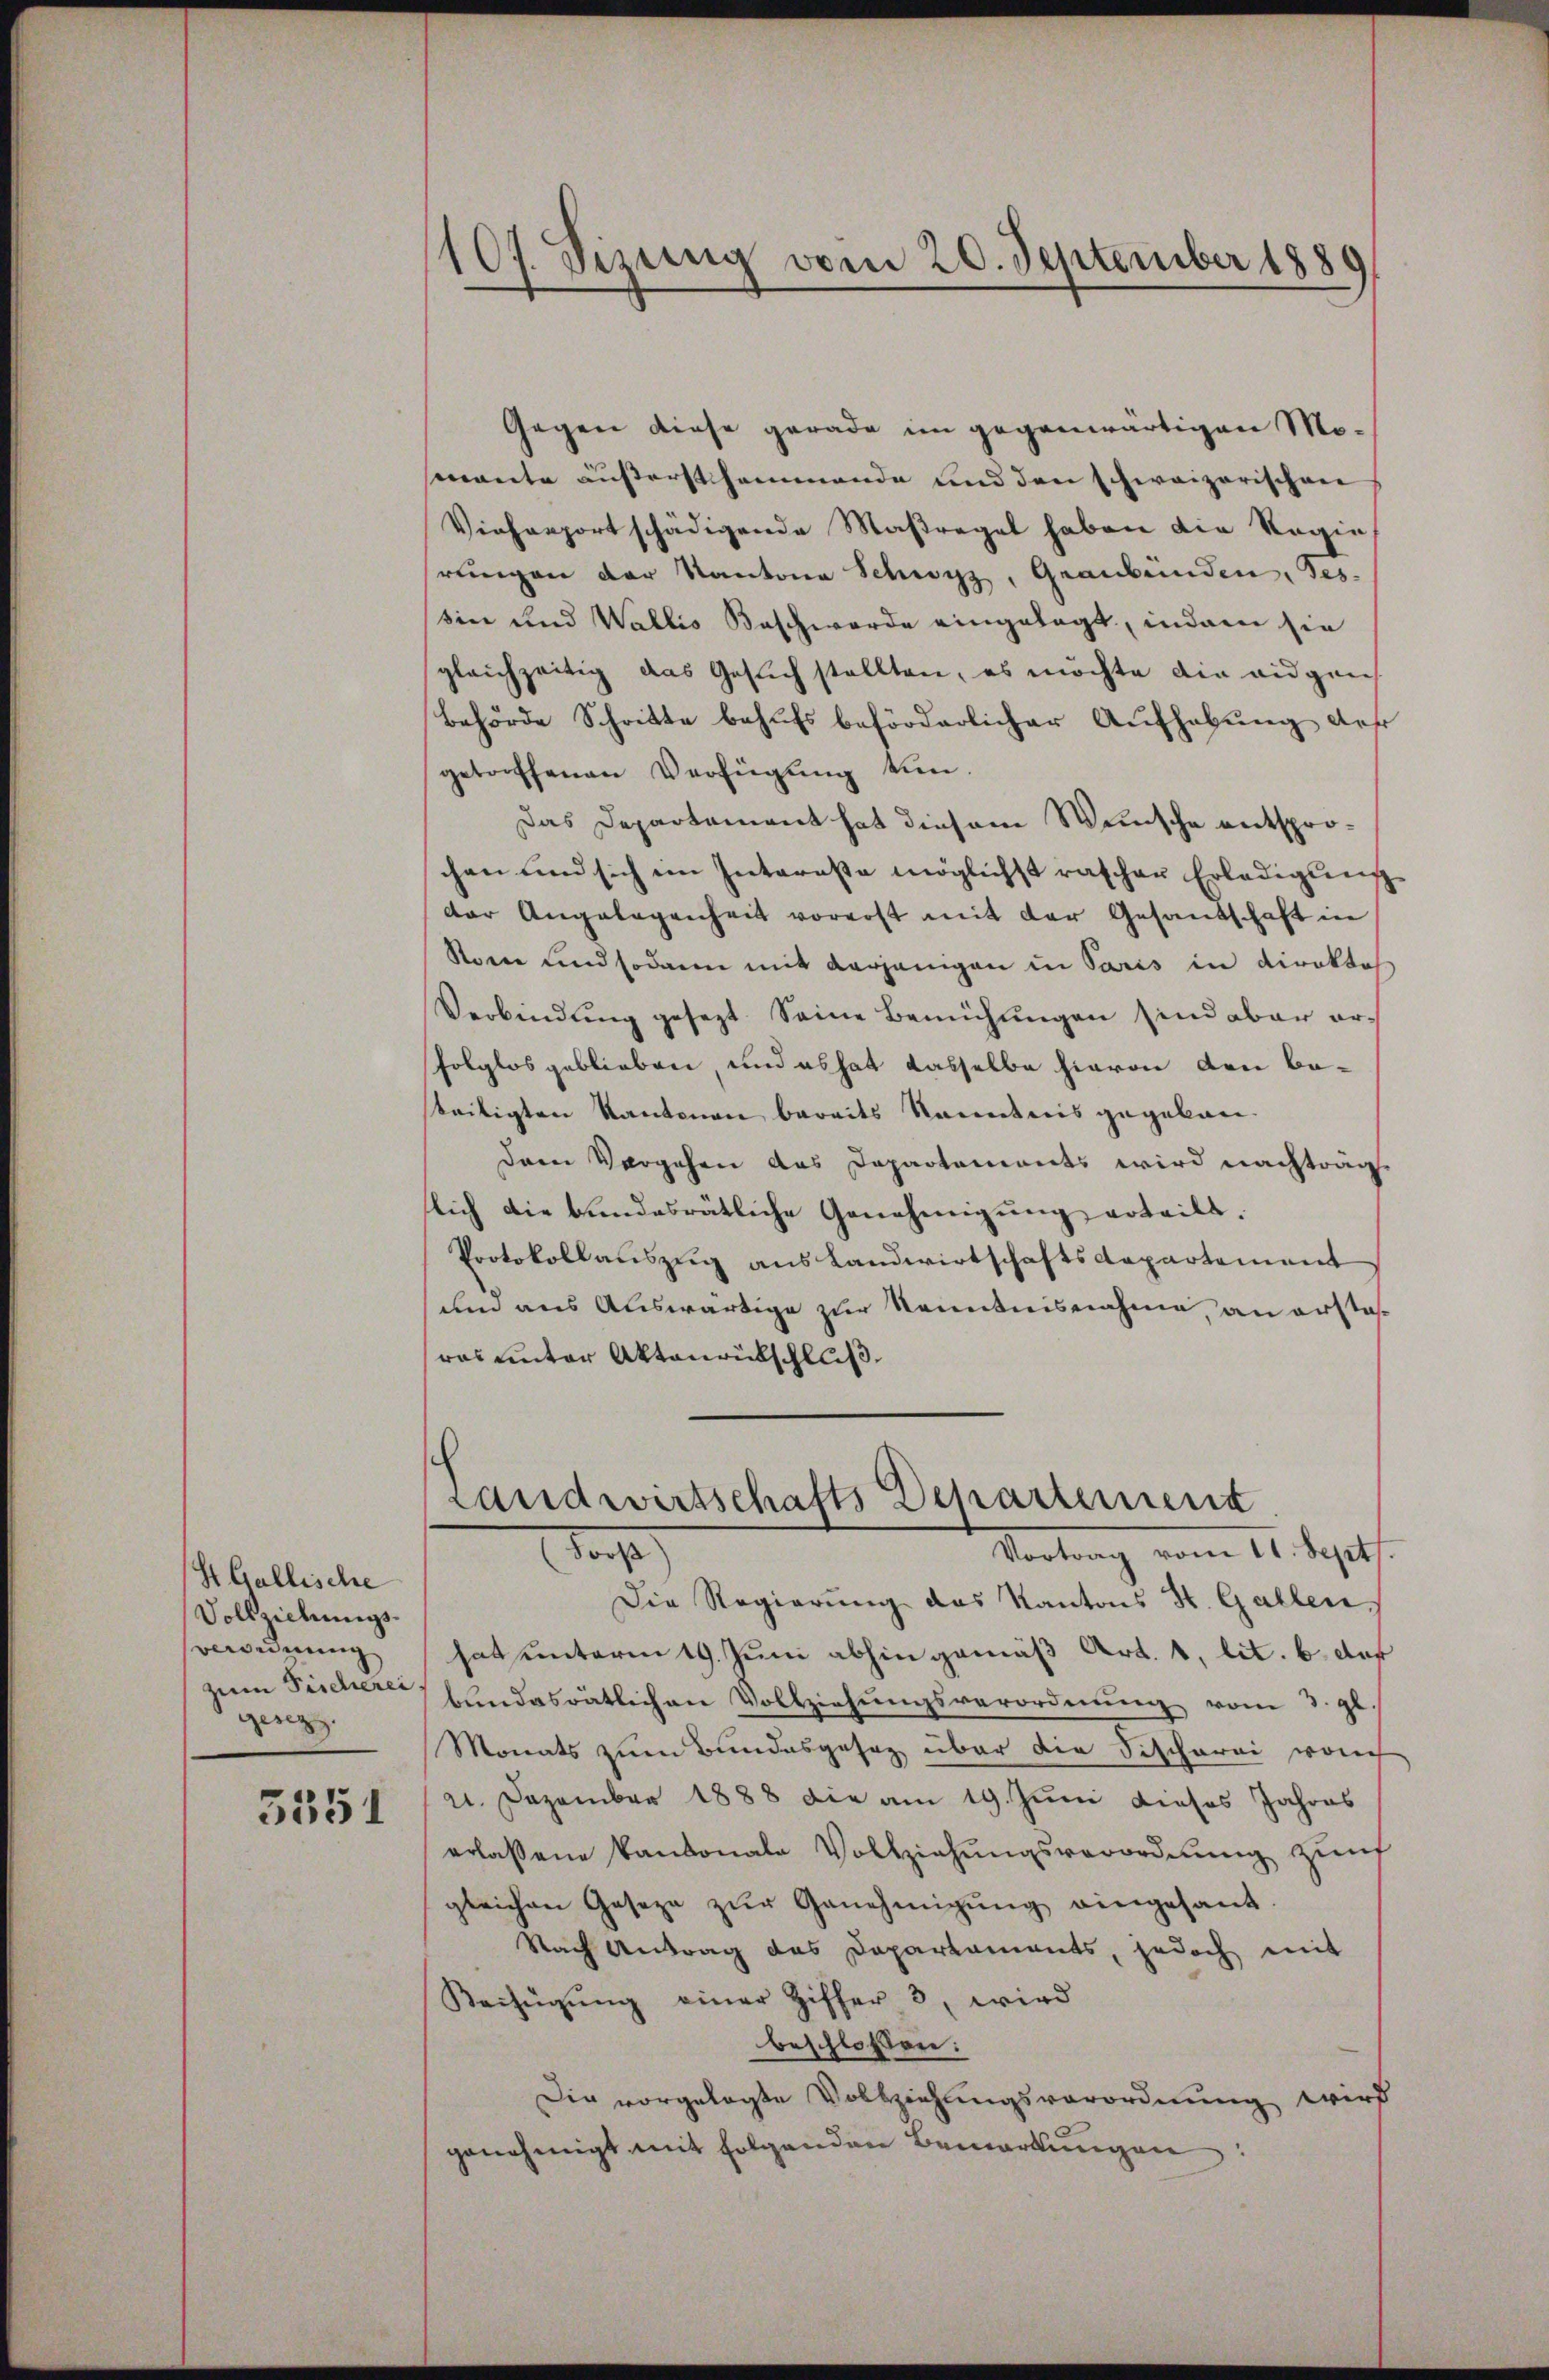
St. Gallische
Vollziehungs¬
Verordnung
zum Fischerei
gesezz.

3551

107. Sizung vom 20. September 1889

Gegen diese gerade im gegenwärtigen Momante außerstsammende und den schweizerischen
Vieharportschädigende Maßregel haben die Regie
rungen der Kantone Schwyz, Graubünden, Tes-
sin und Wallis Beschwerde eingelegt, indem sie
gleichzeitig das Gesuch stellten, es möchte die eidgen
Behörde Schritte behufs beförderlicher Aufhebung des
getreffenen Verfügung tun.
Das Departement hat diesem Wunsche entsprochen und sich im Interesse möglichst rascher Erledigung
der Angelegenheit vorerst mit der Gesandschaft in
Sonne und sodann mit derjenigen in Paris in Direkto
Verbindung gesezt. Seine Bemühungen sind aber erfolglos geblieben und es hat dasselbe hievon den Babeiligten Kantonen bereits Kenntnis gegeben.
dern Vorgehen das Departements wird nachträg
slich die bundesrätliche Genehmigung erteilt.
Protokollauszug aus Landwirtschaftsdepartement
um aus Auswärtige zur Kenntnisnahme, an erstaras unter Aktenrütschluß
Landwirtschafts Departement
dacht
Vertrag vom 14. Sept.
Die Regierung des Kantons St. Gallen.
hat unterm 19. Juni abhin gemäß Art. 1, lit. b der
bundesrätlichen Vollziehungsverordnŭng vom 3. gl.
Monats zum Bundesgesag über die Fischerei von
21. Dezember 1888 die am 19. Juni dieses Jahres
erlassene Kantonale Vollziehŭngsverordnŭng zŭrf
gleichen Geseze zŭr Genehmigŭng eingesant.
Nach Antrag des Departaments, jedoch mit
Beifügŭng einer Ziffer 3, wird
beschlossen:
Die vorgelegte Vollziehungsverordnung wird
genehmigt mit folgenden Bemerkungen